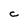
Character: C